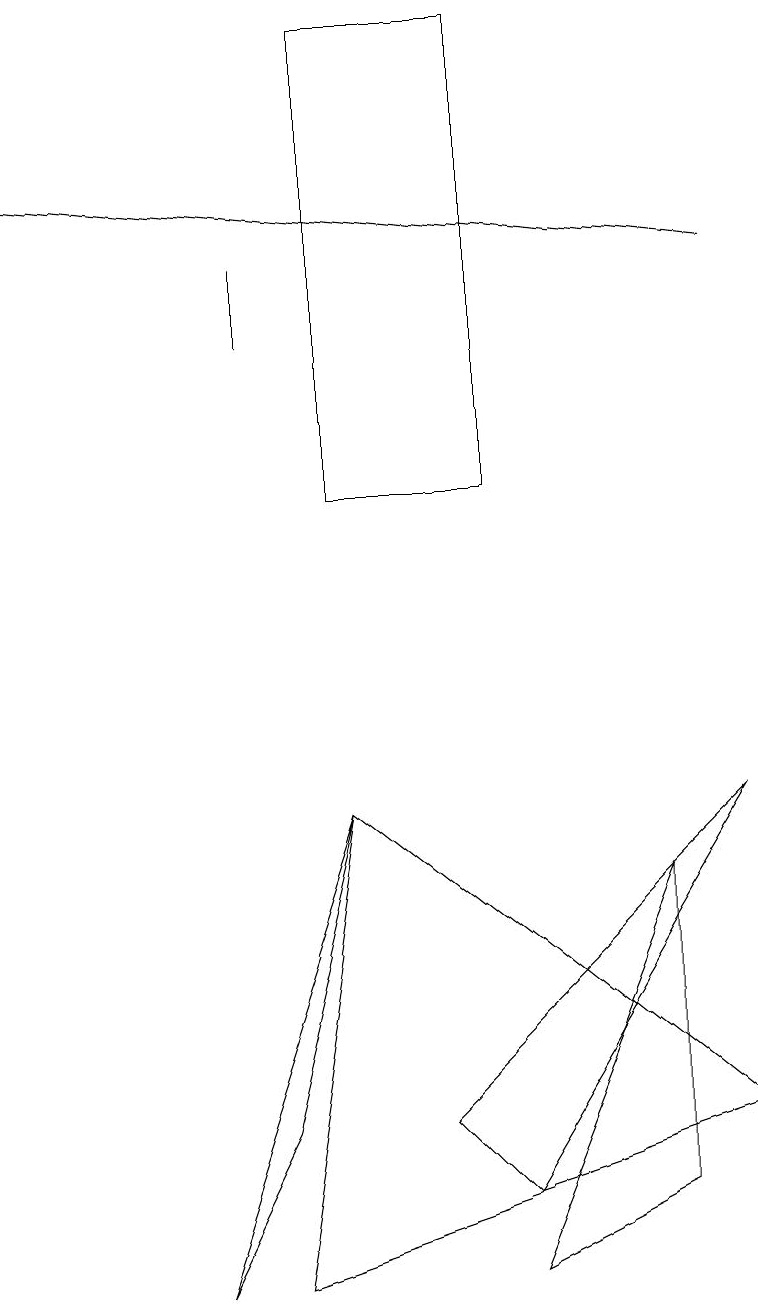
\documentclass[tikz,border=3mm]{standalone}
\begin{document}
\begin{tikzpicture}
\draw (4,7) -- (9,3) -- (3,1) -- cycle;
\draw (2,1) -- (4,7) -- (3,3) -- cycle;
\draw (3,13) rectangle (3,14);
\draw (8,6) -- (6,1) -- (8,2) -- cycle;
\draw[->] (9,14) -- (0,15);
\draw (6,2) -- (5,3) -- (9,7) -- cycle;
\draw (6,11) rectangle (4,17);
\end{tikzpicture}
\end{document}